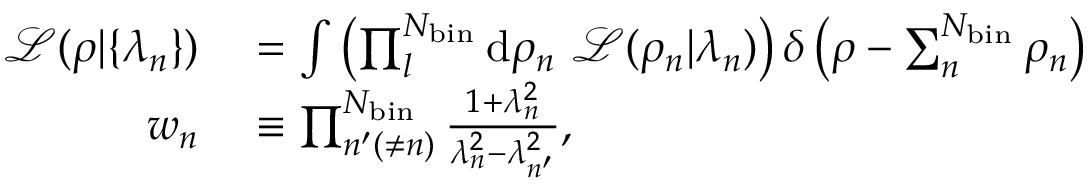
\begin{array} { r l } { \mathcal { L } ( \rho | \{ \lambda _ { n } \} ) } & { { } = \int \left( \prod _ { l } ^ { N _ { \mathrm { b i n } } } \mathrm { d } \rho _ { n } ~ \mathcal { L } ( \rho _ { n } | \lambda _ { n } ) \right) \delta \left( \rho - \sum _ { n } ^ { N _ { \mathrm { b i n } } } \rho _ { n } \right) } \\ { w _ { n } } & { { } \equiv \prod _ { n ^ { \prime } ( \neq n ) } ^ { N _ { \mathrm { b i n } } } \frac { 1 + \lambda _ { n } ^ { 2 } } { \lambda _ { n } ^ { 2 } - \lambda _ { n ^ { \prime } } ^ { 2 } } , } \end{array}